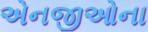
એનજીઓના